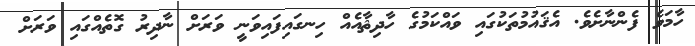
ހާމަވެ ފެންނާށެވެ. އެޤައުމުތަކުގައި ވައްކަމުގެ ހާދިޘާއެއް ހިނގައިފައިވަނީ ވަރަށް ނާދިރު ގޮތެއްގައި ވަރަށް